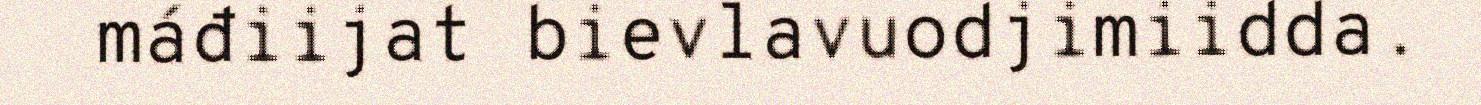
máđiijat bievlavuodjimiidda.